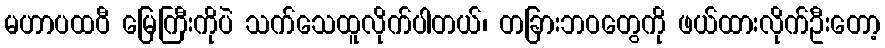
မဟာပထဝီ မြေကြီးကိုပဲ သက်သေထူလိုက်ပါတယ်၊ တခြားဘဝတွေကို ဖယ်ထားလိုက်ဦးတော့